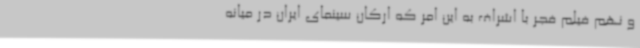
و نهم فیلم فجر با اشراف به این امر که ارکان سینمای ایران در میانه